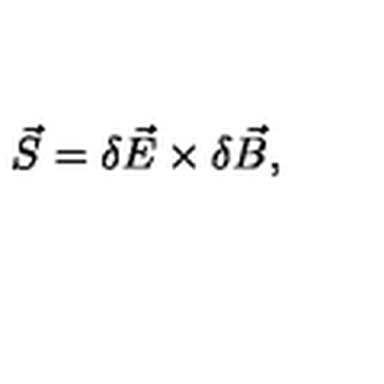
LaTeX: \vec { S } = \delta \vec { E } \times \delta \vec { B } ,